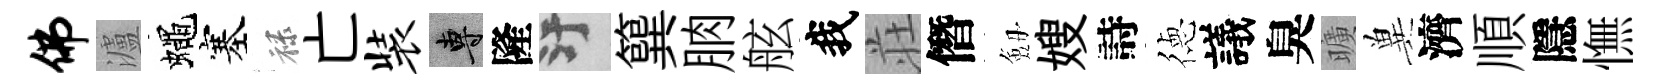
佛瀘蠅塞禄亡装專隆污簨朒舷我荘僭劔嫂詩徳議臭曠兾濟順隱憮